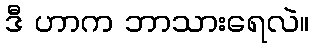
ဒီ ဟာက ဘာသားရေလဲ။